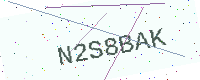
Text: N2S8BAK